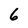
Character: 6